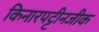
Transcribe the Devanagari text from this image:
किनारपट्टीनजीक